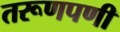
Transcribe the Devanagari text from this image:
तरूणपणी